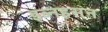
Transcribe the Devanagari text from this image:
इब्नहसन